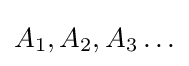
A_{1},A_{2},A_{3}\ldots